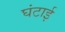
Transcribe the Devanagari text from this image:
घंटाई